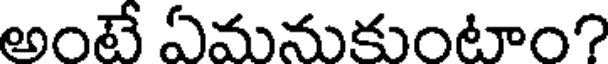
అంటే ఏమనుకుంటాం?